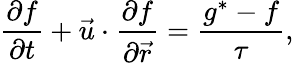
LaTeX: \frac{{\partial{f}}}{{\partial t}}+{\vec{u}}\cdot\frac{{\partial{f}}}{{\partial{\vec{r}}}}=\frac{{g}^{\ast}-{f}}{\tau},